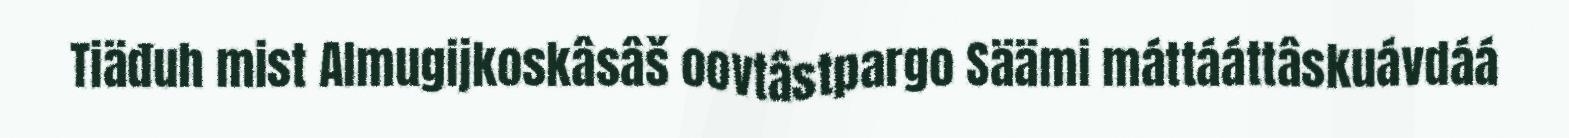
Tiäđuh mist Almugijkoskâsâš oovtâstpargo Säämi máttááttâskuávdáá